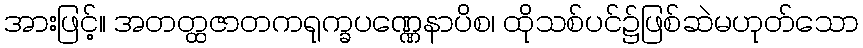
အားဖြင့်။ အတတ္ထဇာတကရုက္ခပဏ္ဏေနာပိစ၊ ထိုသစ်ပင်၌ဖြစ်ဆဲမဟုတ်သော